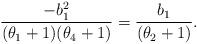
LaTeX: \begin{align*} \dfrac{-b_1^2}{(\theta_1 +1)(\theta_4 +1)} =\dfrac{ b_1}{(\theta_2 +1)}. \end{align*}